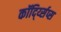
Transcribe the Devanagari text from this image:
कॉर्द्य्सिप्स